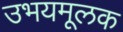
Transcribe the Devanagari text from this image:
उभयमूलक